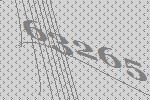
63265